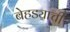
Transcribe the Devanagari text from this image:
बेहड्याची